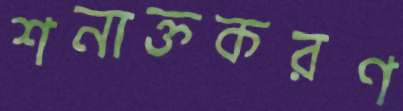
শনাক্তকরণ